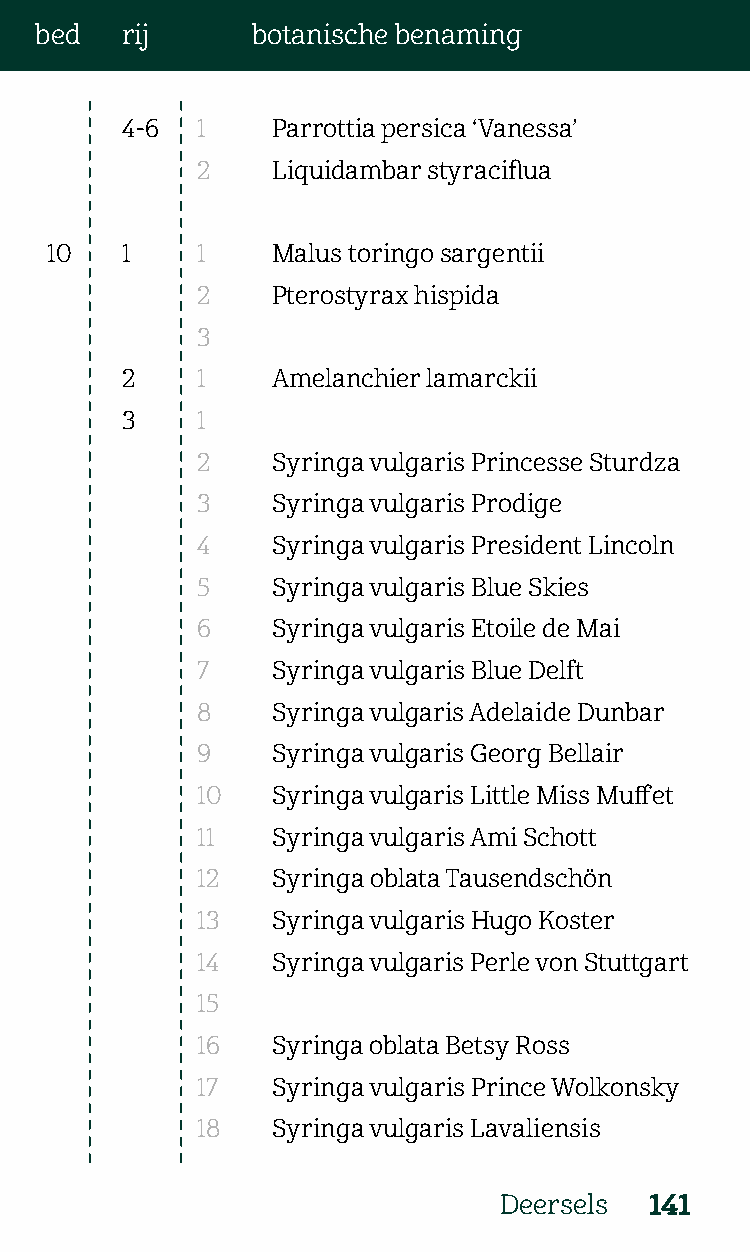
bed   rij      botanische benaming
 4-6  1    Parrottia persica ‘Vanessa’
 2    Liquidambar styraciflua
 10   1    1    Malus toringo sargentii
 2    Pterostyrax hispida
 3
 2    1    Amelanchier lamarckii
 3    1
 2    Syringa vulgaris Princesse Sturdza
 3    Syringa vulgaris Prodige
 4    Syringa vulgaris President Lincoln
 5    Syringa vulgaris Blue Skies
 6    Syringa vulgaris Etoile de Mai
 7    Syringa vulgaris Blue Delft
 8    Syringa vulgaris Adelaide Dunbar
 9    Syringa vulgaris Georg Bellair
 10   Syringa vulgaris Little Miss Muffet
 11   Syringa vulgaris Ami Schott
 12   Syringa oblata Tausendschön
 13   Syringa vulgaris Hugo Koster
 14   Syringa vulgaris Perle von Stuttgart
 15
 16   Syringa oblata Betsy Ross
 17   Syringa vulgaris Prince Wolkonsky
 18   Syringa vulgaris Lavaliensis
 Deersels  141